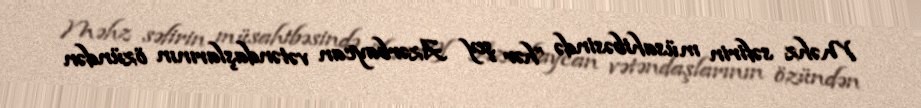
Məhz səfirin müsahibəsində ”hər şey Azərbaycan vətəndaşlarının özündən